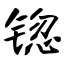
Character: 锪